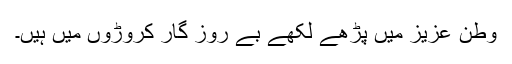
وطن عزیز میں پڑھے لکھے بے روز گار کروڑوں میں ہیں۔